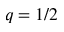
q = 1 / 2